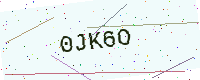
Text: 0JK6O